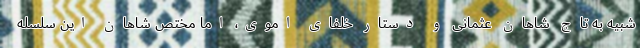
شبیه به تاج شاهان عثمانی و دستار خلفای اموی، اما مختص شاهان این سلسله